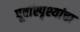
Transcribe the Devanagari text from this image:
पूर्वास्पृश्यांचा